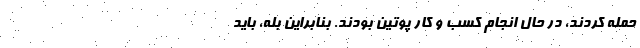
حمله کردند، در حال انجام کسب و کار پوتین بودند. بنابراین بله، باید